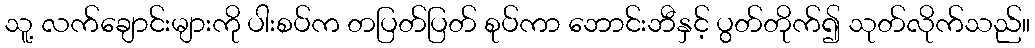
သူ့ လက်ချောင်းများကို ပါးစပ်က တပြတ်ပြတ် စုပ်ကာ ဘောင်းဘီနှင့် ပွတ်တိုက်၍ သုတ်လိုက်သည်။